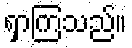
ရှာကြသည်။